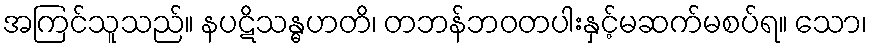
အကြင်သူသည်။ နပဋိသန္ဓဟတိ၊ တဘန်ဘဝတပါးနှင့်မဆက်မစပ်ရ။ သော၊